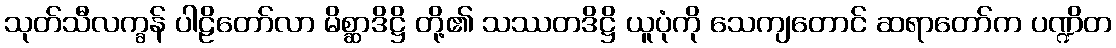
သုတ်သီလက္ခန် ပါဠိတော်လာ မိစ္ဆာဒိဋ္ဌိ တို့၏ သဿတဒိဋ္ဌိ ယူပုံကို သေကျတောင် ဆရာတော်က ပဏ္ဍိတ